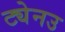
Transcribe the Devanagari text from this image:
ट्येनउ